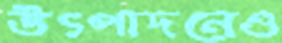
উৎপাদনেও